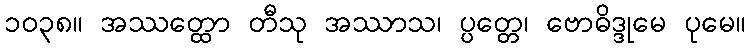
၁၀၃၈။ အဿတ္ထော တီသု အဿာသ၊ ပ္ပတ္တေ၊ ဗောဓိဒ္ဒုမေ ပုမေ။